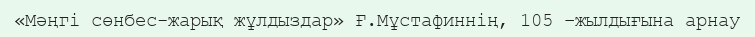
«Мәңгі сөнбес-жарық жұлдыздар» Ғ.Мұстафиннің, 105 –жылдығына арнау